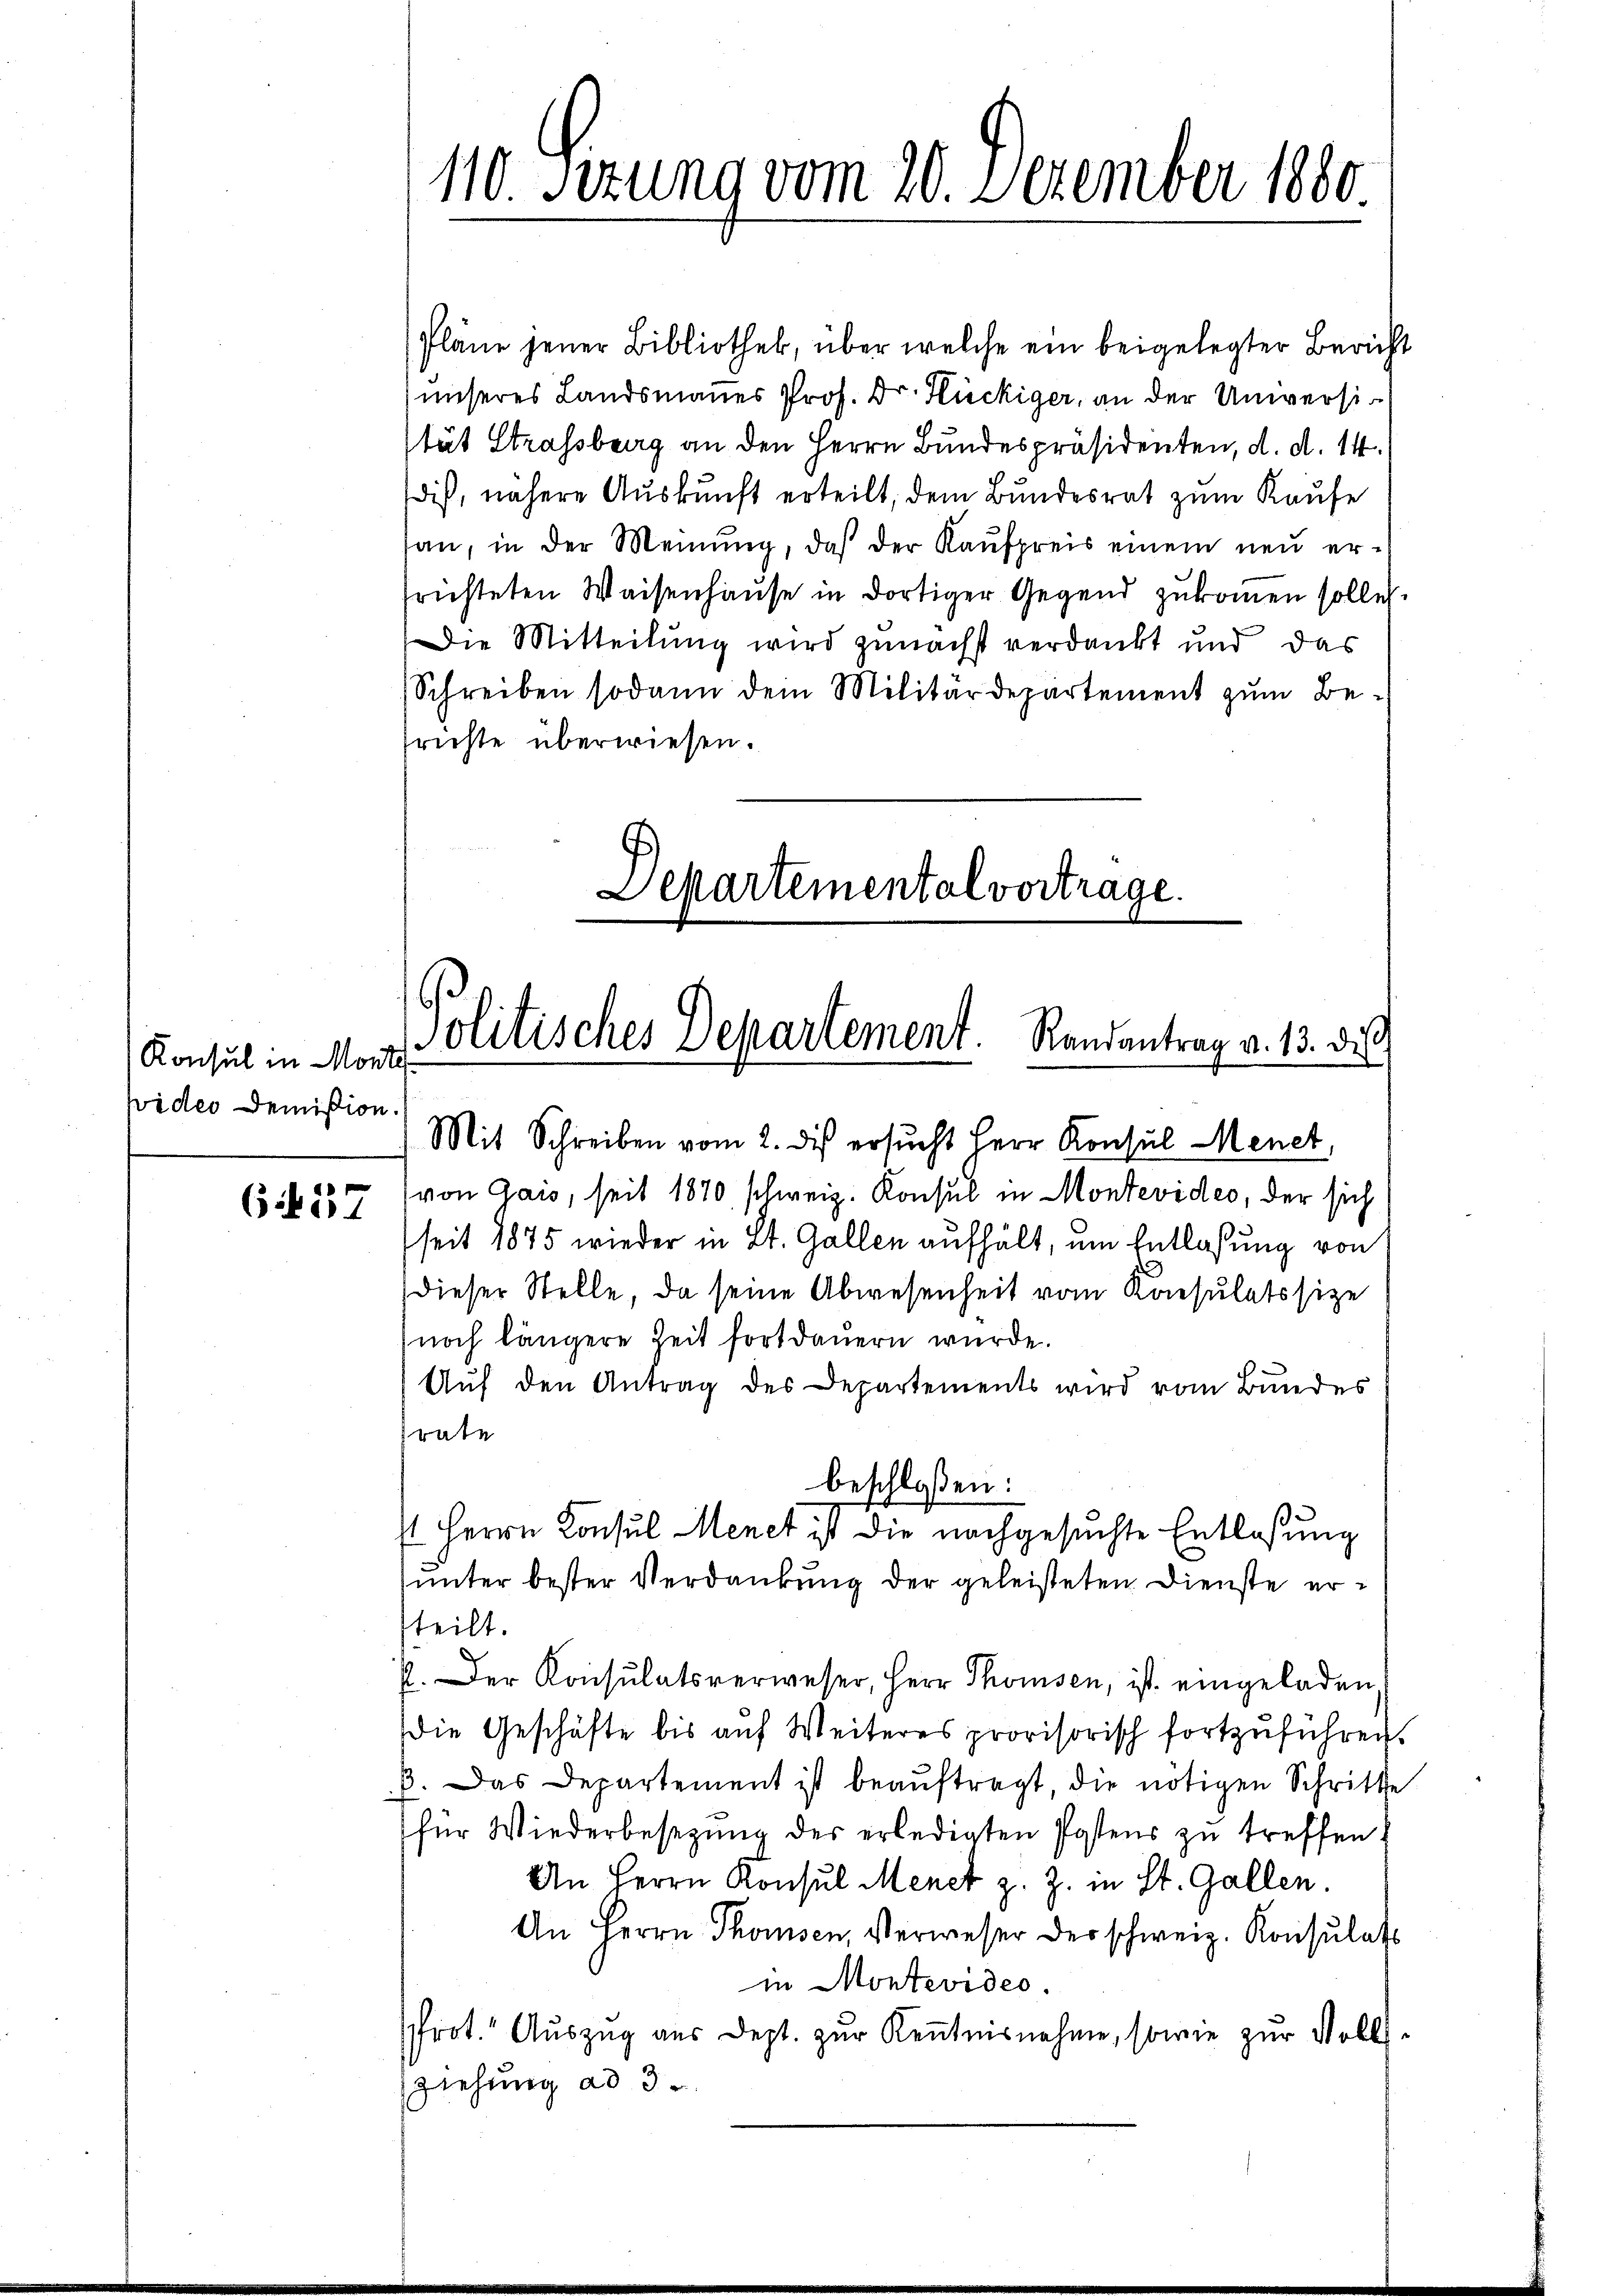
Konsul in Monti
wider Demission.

6457

Pläne jener Bibliothek, über welche ein beigelegter Bericht
unseres Landsmannes Prof. Dr. Stückiger, an der Universi
tät Strassberg an den Herrn Bundespräsidenten, d. d. 14.
dis, nähere Auskunft erteilt, dem Bundesrat zum Kaufe
san, in der Meinung, daß der Kaŭfpreis einem neu errichteten Waisenhause in dortiger Gegend zukommen solle.
Die Mitteilung wird zunächst verdankt und das
Schreiben sodann dem Militärdepartement zŭm Be-
srichte überwiesen.
Departemental vortrage.

110. Sizung vom 20. Dezember 1880

Politisches Departement. Randantrag v. 13. dies
Mit Schreiben vom 2. dis ersucht Herr Konsul Menet,

von Gais, seit 1870 schweiz. Konsul in Montevideo, der sich
seit 1875 wieder in St. Gallen aufhält, um Entlassung von
dieser Stelle, da seine Abwesenheit vom Konsulatssize
noch längere Zeit fortdauern wurde.
Auf den Antrag des Departements wird vom Bundes
rate
beschloßen:
st Herrn Konsul Menet ist die nachgesuchte Entlaßung
unter bester Verdankung der geleisteten Dienste erteilt.
E. Der Konsulatsverweser, Herr Thomsen, ist eingeladen
Die Geschäfte bis auf Weiteres provisorisch fortzuführen.
ß. Das Departement ist beaŭftragt die nötigen Schritte
für Wiederbesetzŭng der erledigten Postens zu treffen.
An Herrn Konsul Menet z. Z. in St. Gallen.
An Herrn Thomsen, Verweser der schweiz. Konsulat
in Montevideo.
Prot. Auszug aus Dept. zur Kenntnisnahme, sowie zur Volls
Ziehung ad 3.